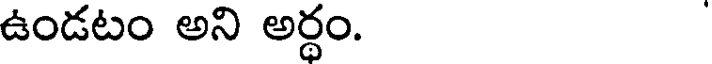
ఉండటం అని అర్ధం.